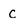
Character: C